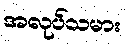
အလုပ်သမား